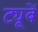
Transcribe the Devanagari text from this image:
ट्यूबें